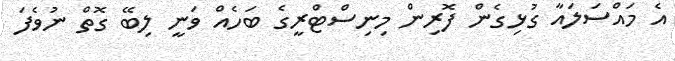
އެ މައްސަލައާ ގުޅިގެން ފޮރިން މިނިސްޓްރީގެ ބަހެއް ވަނީ ލިބޭ ގޮތް ނުވެފަ